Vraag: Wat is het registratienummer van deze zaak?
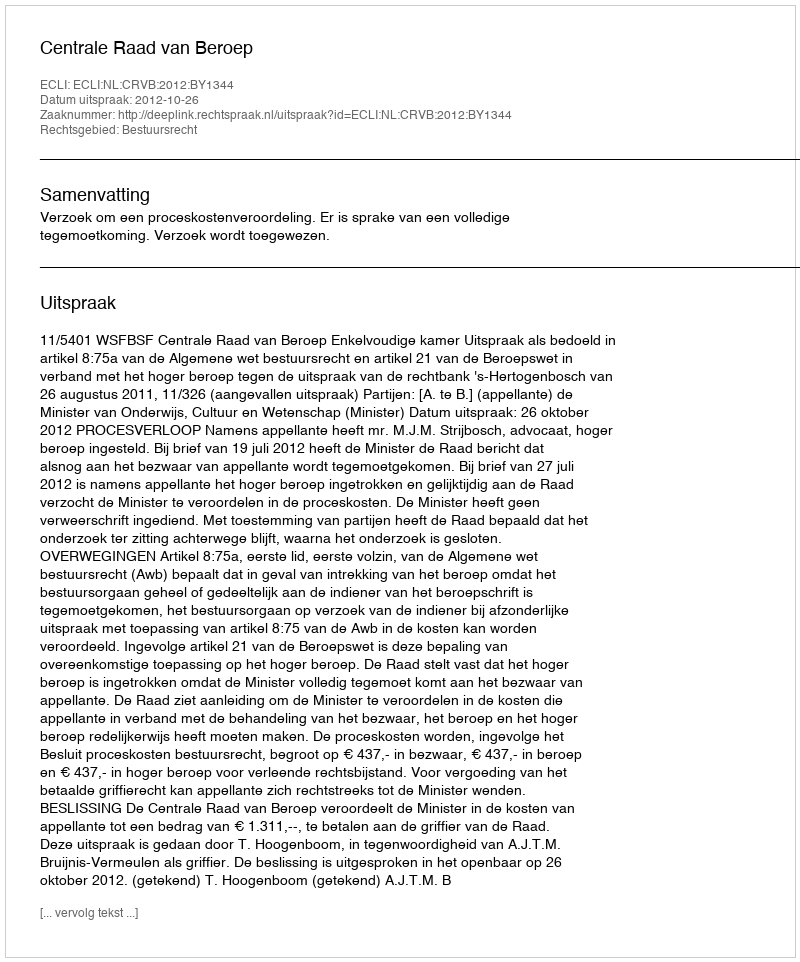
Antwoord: http://deeplink.rechtspraak.nl/uitspraak?id=ECLI:NL:CRVB:2012:BY1344